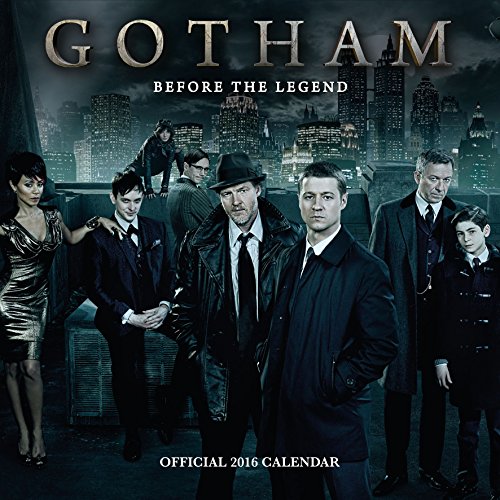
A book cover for The Official Gotham 2016 Square Calendar; Calendars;